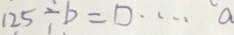
1 2 5 \div b = \square \cdots a